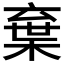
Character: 𣓪